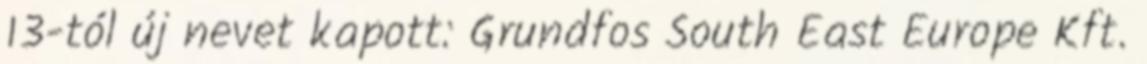
13-tól új nevet kapott: Grundfos South East Europe Kft.